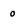
Character: 0